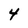
Character: 4